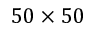
5 0 \times 5 0